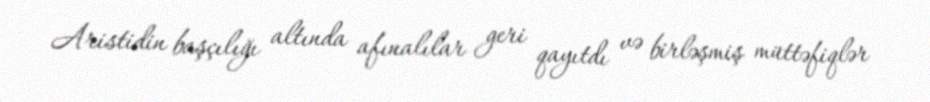
Aristidin başçılığı altında afınalılar geri qayıtdı və birləşmiş müttəfiqlər